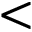
<